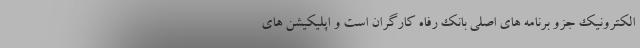
الکترونیک جزو برنامه های اصلی بانک رفاه کارگران است و اپلیکیشن های